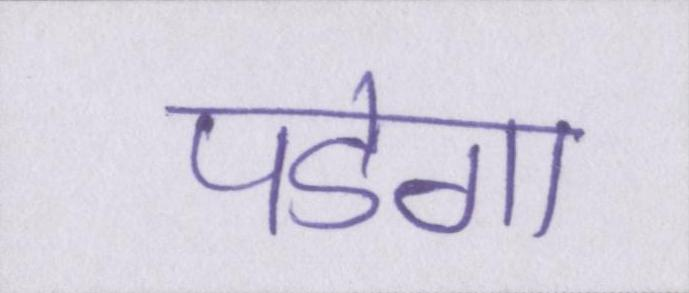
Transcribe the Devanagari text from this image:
पडेगा